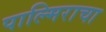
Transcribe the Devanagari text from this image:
पाल्मिराचा